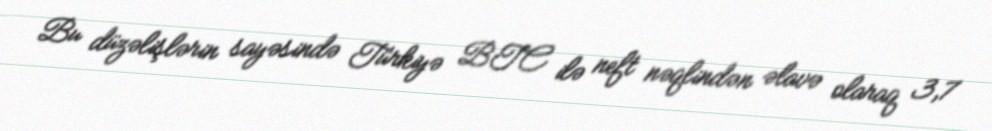
Bu düzəlişlərin sayəsində Türkiyə BTC ilə neft nəqlindən əlavə olaraq 3,7